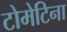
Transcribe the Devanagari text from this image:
टोमेटिना